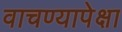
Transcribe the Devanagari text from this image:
वाचण्यापेक्षा